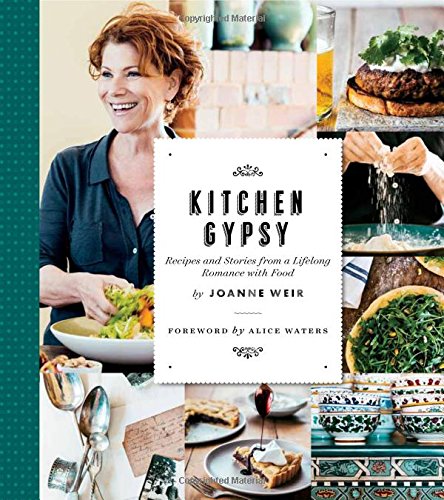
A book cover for Kitchen Gypsy: Recipes and Stories from a Lifelong Romance with Food (Sunset); Joanne Weir; Cookbooks, Food & Wine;